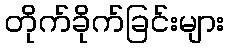
တိုက်ခိုက်ခြင်းများ